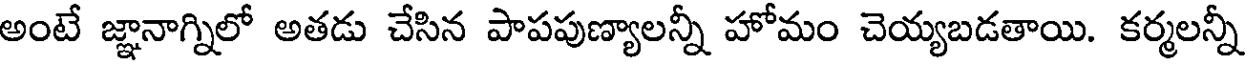
అంటే జ్ఞానాగ్నిలో అతడు చేసిన పాపపుణ్యాలన్నీ హోమం చెయ్యబడతాయి. కర్మలన్నీ